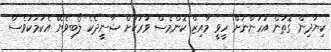
ކިޔާދިން ގޮތުން އަހަންނަށް ހީވީ މާއިޒް ކޮންމެސް ވަރަކަށް ޝާނީދެކެ ލޯބިވެޔޭ އެކަމަކުވެސް